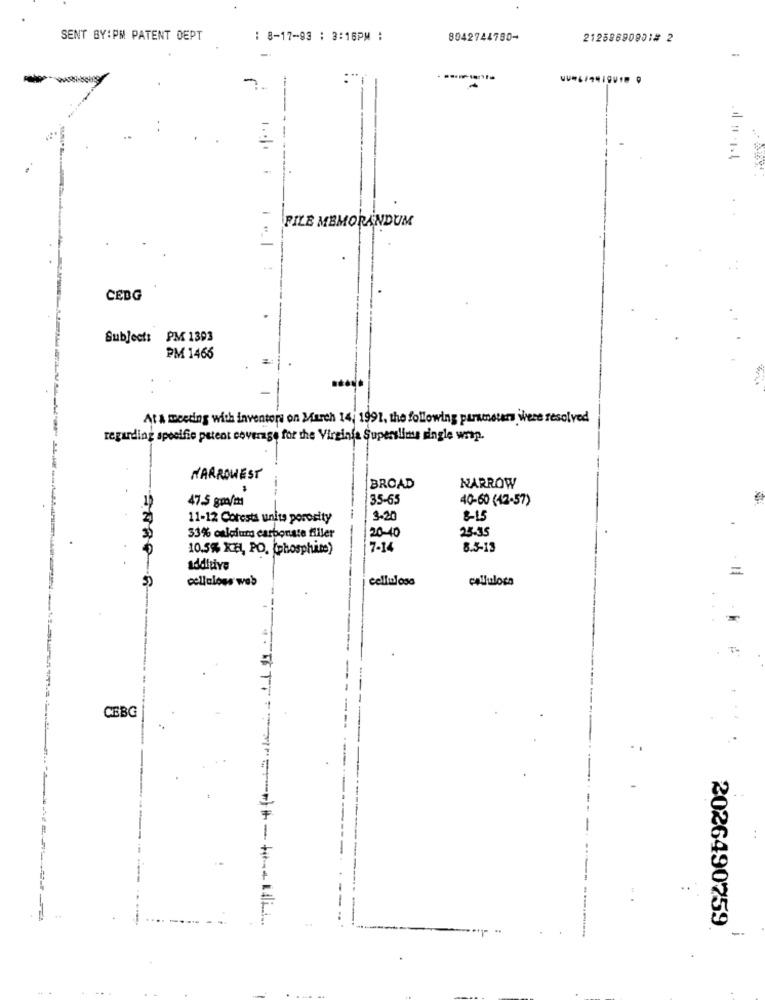
SENT BY:PM PATENT DEPT
: 8-17-93 : 3:16PM :
8042744780-
21258690901# 2
1 11 106
FILE MEMORANDUM
CEBG
Subject: PM 1393
PM 1466
At a meeting with inventori on March 14, 1991, the following parameters were resolved
regarding specifie patent coverage for the Virginia Superslims single wrap.
NARROWEST
BROAD
NARROW
47.5 gm/m
35-65
40-60 (42-57)
11-12 Corests units porosity
3.20
8-15
20-10
25.35
33% ouleium carbonate filler
10.5% KH, PO. (phosphate)
7-14
8.5-13
5)
cellaloss web
cellulosa
SARP R
CEBG
..
..
2026490759